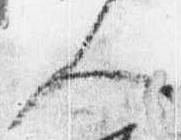
人